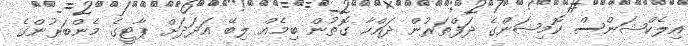
އިލެކްޝަންސް ކޮމިޝަންގެ ދަފްތަރުން ދައްކާ ގޮތުން ބިމެއް ލިބޭ އަދަދަށް ޕާޓީގެ މެންބަރުންގެ